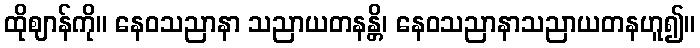
ထိုဈာန်ကို။ နေဝသညာနာ သညာယတနန္တိ၊ နေဝသညာနာသညာယတနဟူ၍။